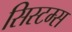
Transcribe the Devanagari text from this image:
सिस्‍टम्स